Black-water fever - Number 35
Disease focus: Fever
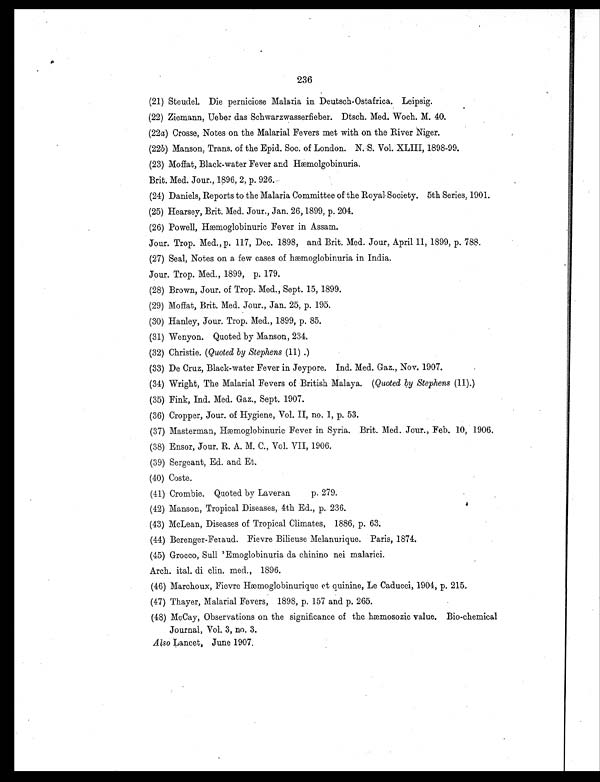
236
(21) Steudel. Die perniciose Malaria in Deutsch-Ostafrica. Leipsig.
(22) Ziemann, Ueber das Schwarzwasserfieber. Dtsch. Med. Woch. M. 40.
(22a) Crosse, Notes on the Malarial Fevers met with on the River Niger.
(22b) Manson, Trans. of the Epid. Soc. of London. N. S. Vol. XLIII, 1898-99.
(23) Moffat, Black-water Fever and Hæmolgobinuria.
Brit. Med. Jour., 1896, 2, p. 926.
(24) Daniels, Reports to the Malaria Committee of the Royal-Society. 5th Series, 1901.
(25) Hearsey, Brit. Med. Jour., Jan. 26, 1899, p. 204.
(26) Powell, Hæmoglobinuric Fever in Assam.
Jour. Trop. Med., p. 117, Dec. 1898, and Brit. Med. Jour, April 11, 1899, p. 788.
(27) Seal, Notes on a few cases of hæmoglobinuria in India.
Jour. Trop. Med., 1899, p. 179.
(28) Brown, Jour. of Trop. Med., Sept. 15, 1899.
(29) Moffat, Brit. Med. Jour., Jan. 25, p. 195.
(30) Hanley, Jour. Trop. Med., 1899, p. 85.
(31) Wenyon. Quoted by Manson, 234.
(32) Christie. ( Quoted by Stephens (11).)
(33) De Cruz, Black-water Fever in Jeypore. Ind. Med. Gaz., Nov. 1907.
(34) Wright, The Malarial Fevers of British Malaya. ( Quoted by Stephens (11).)
(35) Fink, Ind. Med. Gaz., Sept. 1907.
(36) Cropper, Jour. of Hygiene, Vol. II, no. 1, p. 53.
(37) Masterman, Hæmoglobinuric Fever in Syria. Brit. Med. Jour., Feb. 10, 1906.
(38) Ensor, Jour. R. A. M. C., Vol. VII, 1906.
(39) Sergeant, Ed. and Et.
(40) Coste.
(41) Crombie. Quoted by Laveran p. 279.
(42) Manson, Tropical Diseases, 4th Ed., p. 236.
(43) McLean, Diseases of Tropical Climates, 1886, p. 63.
(44) Berenger-Feiaud. Fievre Bilieuse Melanurique. Paris, 1874.
(45) Grocco, Sull 'Emoglobinuria da chinino nei malarici.
Arch. ital. di clin. med., 1896.
(46) Marchoux, Fievre Hæmoglobinurique et quinine, Le Caducei, 1904, p. 215.
(47) Thayer, Malarial Fevers, 1898, p. 157 and p. 265.
(48) McCay, Observations on the significance of the hæmosozic value. Bio-chemical
Journal, Vol. 3, no. 3.
Also L a n c e t , J u n e 1 9 0 7 .